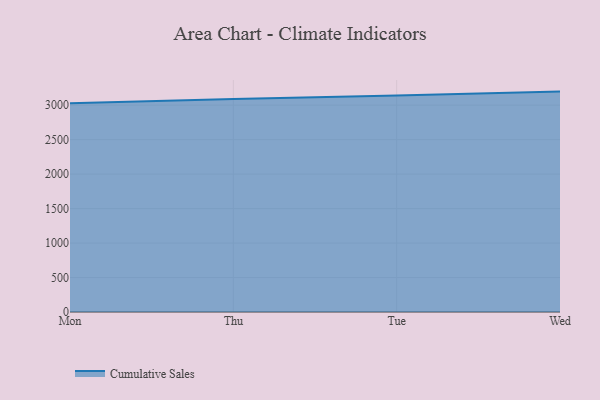
{"axis": {"x": "Day", "y": "Production Output"}, "legend": ["Cumulative Sales"], "data": [{"x": "Mon", "y": 3027.7, "type": "Cumulative Sales"}, {"x": "Thu", "y": 3089.9, "type": "Cumulative Sales"}, {"x": "Tue", "y": 3140.7, "type": "Cumulative Sales"}, {"x": "Wed", "y": 3196.8, "type": "Cumulative Sales"}]}